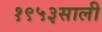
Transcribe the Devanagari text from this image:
१९५३साली